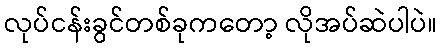
လုပ်ငန်းခွင်တစ်ခုကတော့ လိုအပ်ဆဲပါပဲ။